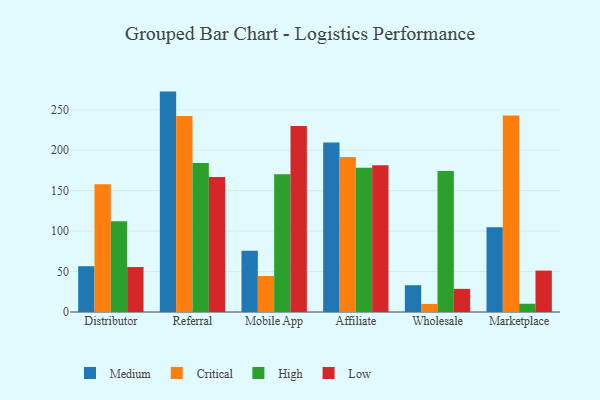
{"axis": {"x": "Channel", "y": "Population (Million)"}, "legend": ["Critical", "High", "Low", "Medium"], "data": [{"x": "Distributor", "y": 56.6, "type": "Medium"}, {"x": "Distributor", "y": 158.0, "type": "Critical"}, {"x": "Distributor", "y": 112.2, "type": "High"}, {"x": "Distributor", "y": 55.6, "type": "Low"}, {"x": "Referral", "y": 272.5, "type": "Medium"}, {"x": "Referral", "y": 242.3, "type": "Critical"}, {"x": "Referral", "y": 184.1, "type": "High"}, {"x": "Referral", "y": 166.8, "type": "Low"}, {"x": "Mobile App", "y": 75.6, "type": "Medium"}, {"x": "Mobile App", "y": 44.5, "type": "Critical"}, {"x": "Mobile App", "y": 170.3, "type": "High"}, {"x": "Mobile App", "y": 230.0, "type": "Low"}, {"x": "Affiliate", "y": 209.7, "type": "Medium"}, {"x": "Affiliate", "y": 191.5, "type": "Critical"}, {"x": "Affiliate", "y": 178.3, "type": "High"}, {"x": "Affiliate", "y": 181.4, "type": "Low"}, {"x": "Wholesale", "y": 33.1, "type": "Medium"}, {"x": "Wholesale", "y": 10.0, "type": "Critical"}, {"x": "Wholesale", "y": 174.4, "type": "High"}, {"x": "Wholesale", "y": 28.6, "type": "Low"}, {"x": "Marketplace", "y": 104.8, "type": "Medium"}, {"x": "Marketplace", "y": 243.0, "type": "Critical"}, {"x": "Marketplace", "y": 10.2, "type": "High"}, {"x": "Marketplace", "y": 51.2, "type": "Low"}]}